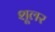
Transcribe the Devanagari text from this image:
शूलर